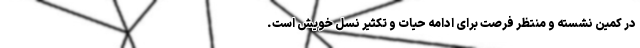
در کمین نشسته و منتظر فرصت برای ادامه حیات و تکثیر نسل خویش است.